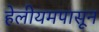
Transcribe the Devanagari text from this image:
हेलीयमपासून